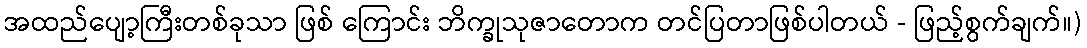
အထည်ပျော့ကြီးတစ်ခုသာ ဖြစ် ကြောင်း ဘိက္ခုသုဇာတောက တင်ပြတာဖြစ်ပါတယ် - ဖြည့်စွက်ချက်။)